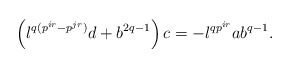
\begin{align*}\left(\l^{q(p^{ir}-p^{jr})} d +b^{2q-1}\right)c = - \l^{qp^{ir}} ab^{q-1}.\end{align*}